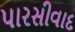
પારસીવાદ